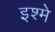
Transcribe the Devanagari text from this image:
इश्मे